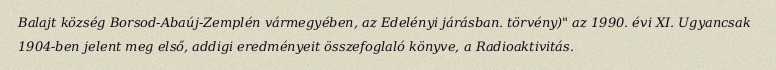
Balajt község Borsod-Abaúj-Zemplén vármegyében, az Edelényi járásban. törvény)" az 1990. évi XI. Ugyancsak 1904-ben jelent meg első, addigi eredményeit összefoglaló könyve, a Radioaktivitás.